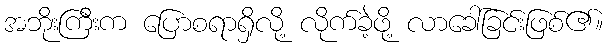
အဘိုးကြီးက ပြောစရာရှိလို့ လိုက်ခဲ့ဖို့ လာခေါ်ခြင်းဖြစ်၏။